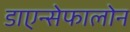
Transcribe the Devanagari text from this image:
डाएन्सेफालोन